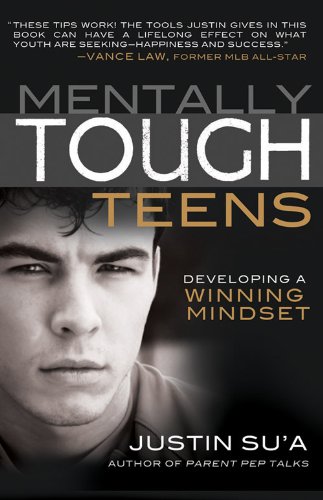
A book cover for Mentally Tough Teens: Developing a Winning Mindset; Justin Su'a; Teen & Young Adult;